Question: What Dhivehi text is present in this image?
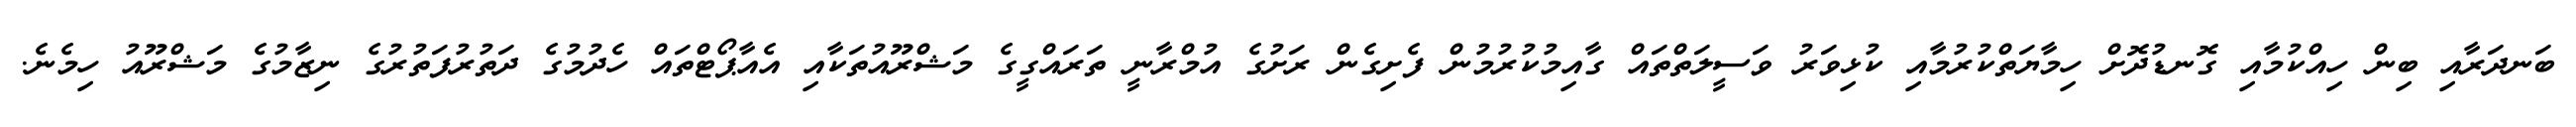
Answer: ބަނދަރާއި ބިން ހިއްކުމާއި ގޮނޑުދޮށް ހިމާޔަތްކުރުމާއި ކުޅިވަރު ވަސީލަތްތައް ގާއިމުކުރުމުން ފެށިގެން ރަށުގެ އުމްރާނީ ތަރައްގީގެ މަޝްރޫއުތަކާއި އެއާޕޯޓްތައް ހެދުމުގެ ދަތުރުފަތުރުގެ ނިޒާމުގެ މަޝްރޫއު ހިމެނެ.